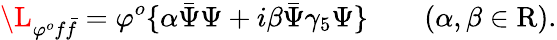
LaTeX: \L_{\varphi^{o}f\bar{f}}=\varphi^{o}\lbrace\alpha\bar{\Psi}\Psi+i\beta\bar{\Psi}\gamma_{5}\Psi\rbrace\qquad(\alpha,\beta\in\mathrm{R}).